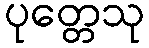
ပုတ္တေသု